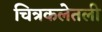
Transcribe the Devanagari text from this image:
चित्रकलेतली